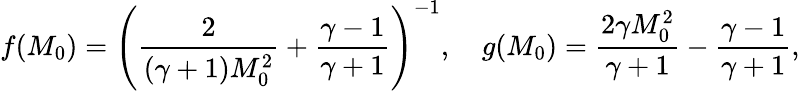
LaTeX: f(M_{0})=\left(\frac{2}{(\gamma+1)M_{0}^{2}}+\frac{\gamma-1}{\gamma+1}\right)^{-1},\quad g(M_{0})=\frac{2\gamma M_{0}^{2}}{\gamma+1}-\frac{\gamma-1}{\gamma+1},